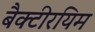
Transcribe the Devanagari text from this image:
बैक्टीरयिम